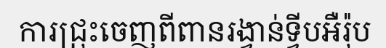
ការជ្រុះចេញពីពានរង្វាន់ទ្វីបអឺរ៉ុប